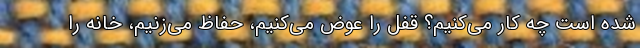
شده است چه کار می‌کنیم؟ قفل را عوض می‌کنیم، حفاظ می‌زنیم، خانه را